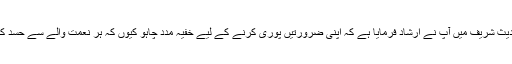
ایک اور حدیث شریف میں آپؐ نے ارشاد فرمایا ہے کہ اپنی ضرورتیں پوری کرنے کے لیے خفیہ مدد چاہو کیوں کہ ہر نعمت والے سے حسد کیا جاتا ہے۔